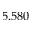
5 . 5 8 0